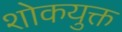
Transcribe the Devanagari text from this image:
शोकयुक्त